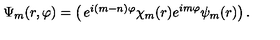
\Psi _ { m } ( r , \varphi ) = \left( \begin{matrix} { e ^ { i ( m - n ) \varphi } \chi _ { m } ( r ) } \\ { e ^ { i m \varphi } \psi _ { m } ( r ) } \\ \end{matrix} \right) .